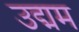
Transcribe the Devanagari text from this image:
उद्मम